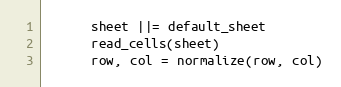
Language: Ruby
      sheet ||= default_sheet
      read_cells(sheet)
      row, col = normalize(row, col)